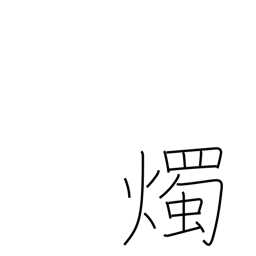
Meaning: candlepower